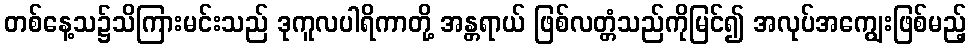
တစ်နေ့သ၌သိကြားမင်းသည် ဒုကူလပါရိကာတို့ အန္တရာယ် ဖြစ်လတ္တံသည်ကိုမြင်၍ အလုပ်အကျွေးဖြစ်မည့်